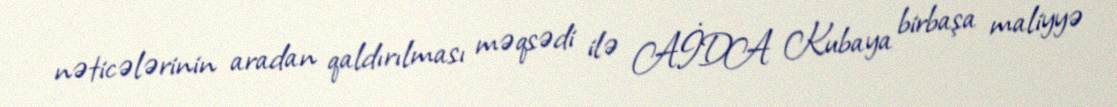
nəticələrinin aradan qaldırılması məqsədi ilə AİDA Kubaya birbaşa maliyyə